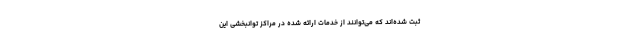
ثبت شده‌اند که می‌توانند از خدمات ارائه شده در مراکز توانبخشی این